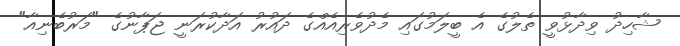
ޝާހިދު ވިދާޅުވީ ތެލުގެ އެ ބީލަމުގައި މެދުވެރިއެއްގެ ދައުރު އަދާކުރަނީ ޖަޕާނުގެ "މަރުބެނިއާ"